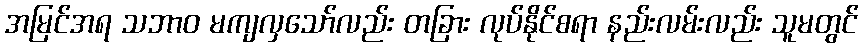
အမြင်အရ သဘာဝ မကျလှသော်လည်း တခြား လုပ်နိုင်စရာ နည်းလမ်းလည်း သူမတွင်